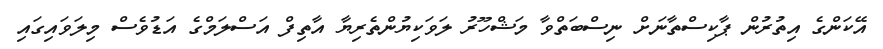
އޭކަންގެ އިތުރުން ޕާކިސްތާނަށް ނިސްބަތްވާ މަޝްހޫރު ލަވަކިޔުންތެރިޔާ އާތިފް އަސްލަމްގެ އަޑުވެސް މިލަވައިގައި